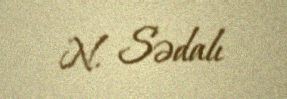
N. Sədalı